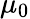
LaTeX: \mu_{\mathrm{0}}